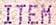
ITEM